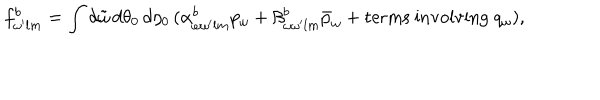
f _ { \omega ^ { \prime } l m } ^ { b } = \int d \tilde { \omega } \, d \theta _ { 0 } \, d \eta _ { 0 } \, ( \alpha _ { \omega \omega ^ { \prime } l m } ^ { b } p _ { \omega } + \beta _ { \omega \omega ^ { \prime } l m } ^ { b } \bar { p } _ { \omega } + \mathrm { t e r m s ~ i n v o l v i n g ~ } q _ { \omega } ) ,